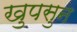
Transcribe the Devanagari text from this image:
खुपसुन